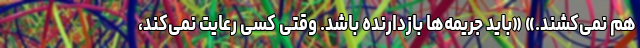
هم نمی‌کشند.» «باید جریمه‌ها بازدارنده باشد. وقتی کسی رعایت نمی‌کند،